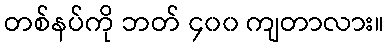
တစ်နပ်ကို ဘတ် ၄၀၀ ကျတာလား။